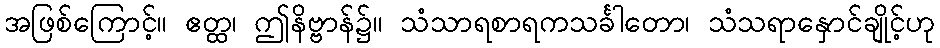
အဖြစ်ကြောင့်။ ဧတ္ထ၊ ဤနိဗ္ဗာန်၌။ သံသာရစာရကသင်္ခါတော၊ သံသရာနှောင်ချိုင့်ဟု